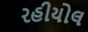
રહીયોલ